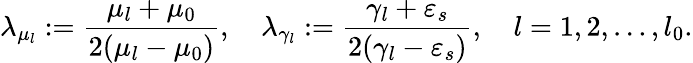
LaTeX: \lambda_{\mu_{l}}:=\frac{\mu_{l}+\mu_{0}}{2(\mu_{l}-\mu_{0})},\quad\lambda_{\gamma_{l}}:=\frac{\gamma_{l}+\varepsilon_{s}}{2(\gamma_{l}-\varepsilon_{s})},\quad l=1,2,\ldots,l_{0}.